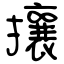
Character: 攘